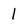
Character: 1